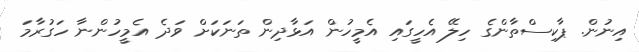
އިނުން. ޕާކިސްތާންގެ ހިލޭ އެހީގައި އެމީހުން އަޅާދިން ތަނަކަށް ވަދެ އެމީހުންނާ ހަގުރާމަ